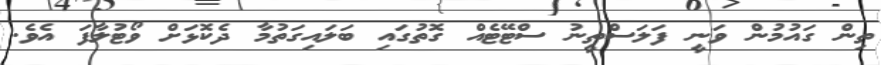
ތިން ގައުމުން ވަނީ ފަލަސްތީނު ސްޓޭޓެއް ގޮތުގައި ބަލައިގަތުމާ ދެކޮޅަށް ވޯޓުލާފަ އެވެ.